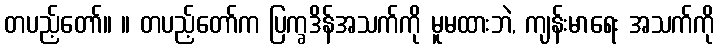
တပည့်တော်။ ။ တပည့်တော်က ပြက္ခဒိန်အသက်ကို မူမထားဘဲ, ကျန်းမာရေး အသက်ကို